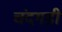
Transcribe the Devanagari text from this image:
चंंदगडी